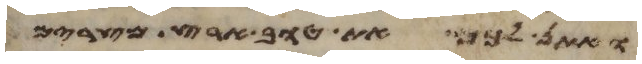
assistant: ואתן לכם את טוב ארץ מצרים